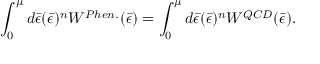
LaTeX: \int _ { 0 } ^ { \mu } d \bar { \epsilon } ( { \bar { \epsilon } } ) ^ { n } { W ^ { P h e n . } ( \bar { \epsilon } ) } = \int _ { 0 } ^ { \mu } d \bar { \epsilon } ( { \bar { \epsilon } } ) ^ { n } { W ^ { Q C D } ( \bar { \epsilon } ) } .